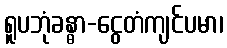
ရူပဘုံခန္ဓာ-ငွေတံကျင်ပမာ၊